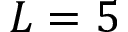
L = 5